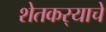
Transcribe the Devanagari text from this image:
शेतकर्‍याचे